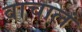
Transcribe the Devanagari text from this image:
वाचालं